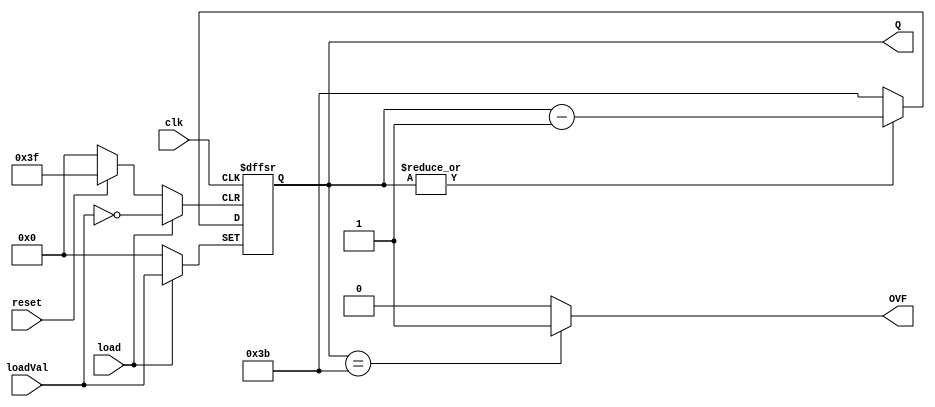
`timescale 1ns / 1ps
//////////////////////////////////////////////////////////////////////////////////
// Company: Carleton University
// Engineering Student: Sunao Gomi
// 
// Design Name: 
// Module Name: CounterV2
// Project Name: 
// Target Devices: 
// Tool Versions: 
// Description: 
// 
// Dependencies: 
// 
// Revision:
// Revision 0.01 - File Created
// Additional Comments:
// 
//////////////////////////////////////////////////////////////////////////////////


module CounterV2#(parameter COUNT_TOP = 59, BIT_WIDTH = 6, THRESHOLD = 59)(
        input clk, load, reset,
        input [BIT_WIDTH-1:0]loadVal,
        output [BIT_WIDTH-1:0]Q,
        output OVF
    );
    reg [BIT_WIDTH-1:0] count;
    reg overflow;
    always@(posedge clk or posedge load or posedge reset)begin
        if(reset) count <= 0;
        else if(load) count <= loadVal;
        else begin
            if(~|count) count <= COUNT_TOP;
            else count <= count - 1;
        end
    end
    
    always@(count)begin
        if(count == THRESHOLD) overflow <= 1;
        else overflow <= 0;
    end
    
    assign Q = count;
    assign OVF = overflow;
endmodule